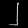
Digit: ၂